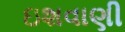
ઇશવાણી